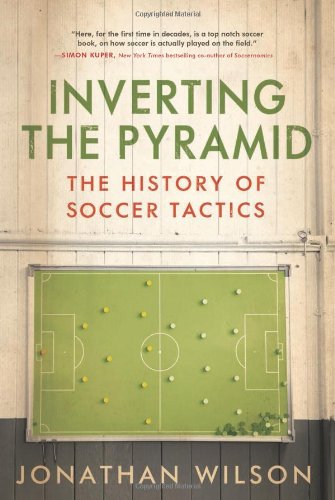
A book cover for Inverting The Pyramid: The History of Soccer Tactics; Jonathan Wilson; Reference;